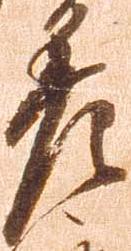
差